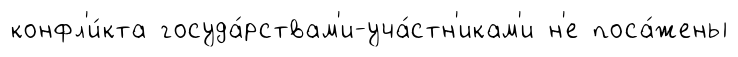
конфл'и́кта госуда́рствам'и-уча́стн'икам'и н'е поса́жены